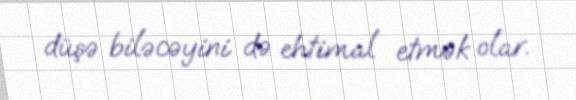
düşə biləcəyini də ehtimal etmək olar.